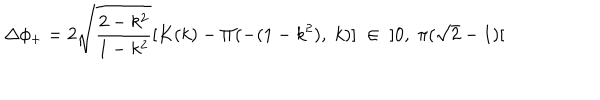
LaTeX: \Delta \phi _ { + } = 2 \sqrt { \frac { 2 - k ^ { 2 } } { 1 - k ^ { 2 } } } [ K ( k ) - \Pi ( - ( 1 - k ^ { 2 } ) , \; k ) ] \; \in \; \; ] 0 , \; \pi ( \sqrt { 2 } - 1 ) [